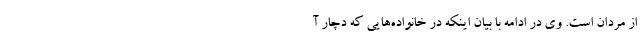
از مردان است. وی در ادامه با بیان اینکه در خانواده‌هایی که دچار آ